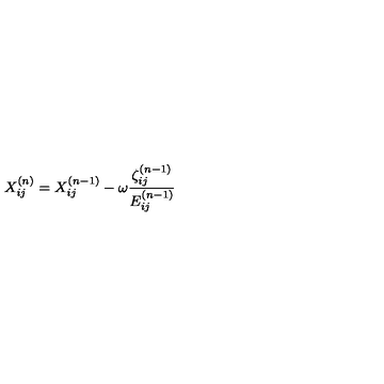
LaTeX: X _ { i j } ^ { ( n ) } = X _ { i j } ^ { ( n - 1 ) } - \omega \frac { \zeta _ { i j } ^ { ( n - 1 ) } } { E _ { i j } ^ { ( n - 1 ) } }